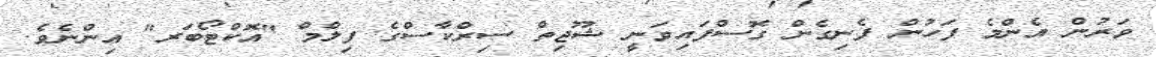
ވަރުން އެންމެ ފަހުން ފެނިގެން ގޮސްފައިވަނީ ޝޫޖިތް ސިރްކާސްގެ ފިލްމް "އޮކްޓޯބަރ" އިންނެވެ.